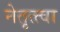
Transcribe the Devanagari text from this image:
नेतृत्त्वा